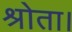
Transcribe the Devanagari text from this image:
श्रोता।